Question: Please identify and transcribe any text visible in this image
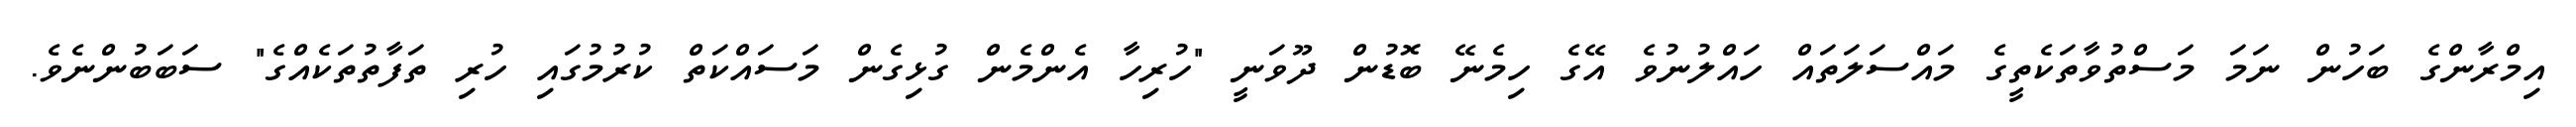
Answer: އިމްރާންގެ ބަހުން ނަމަ މަސްތުވާތަކެތީގެ މައްސަލަތައް ހައްލުނުވެ އޭގެ ހިމެނޭ ބޮޑުން ދޫވަނީ "ހުރިހާ އެންމެން ގުޅިގެން މަސައްކަތް ކުރުމުގައި ހުރި ތަފާތުތަކެއްގެ" ސަބަބުންނެވެ.